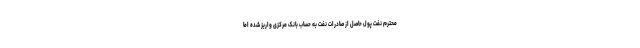
محترم نفت پول حاصل از صادرات نفت به حساب بانک مرکزی واریز شده اما